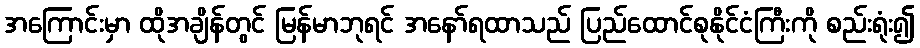
အကြောင်းမှာ ထိုအချိန်တွင် မြန်မာဘုရင် အနော်ရထာသည် ပြည်ထောင်စုနိုင်ငံကြီးကို စည်းရုံး၍